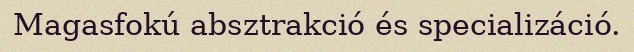
Magasfokú absztrakció és specializáció.